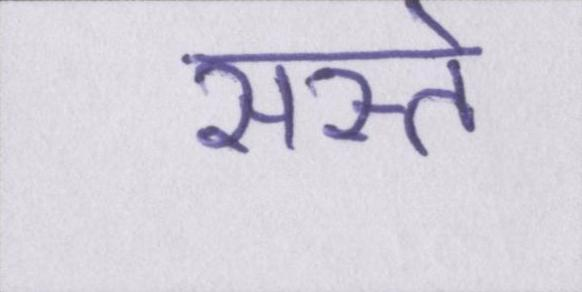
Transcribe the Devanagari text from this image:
सस्ते